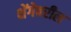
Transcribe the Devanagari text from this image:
शेंगेवरील